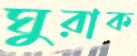
ঘুরাক